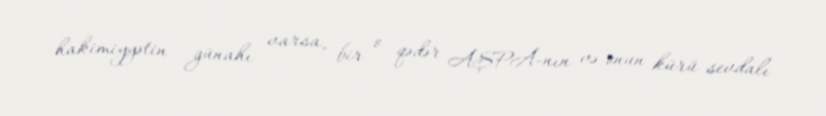
hakimiyyətin günahı varsa, bir o qədər AŞPA-nın və onun kürü sevdalı